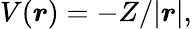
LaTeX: V(\boldsymbol{r})=-Z/|\boldsymbol{r}|,